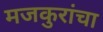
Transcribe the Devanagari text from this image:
मजकुरांचा